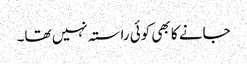
جانے کا بھی کوئی راستہ نہیں تھا۔